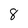
Character: 8